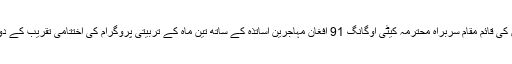
پشاور: یو این ایچ سی آر سب آفس کی قائم مقام سربراہ محترمہ کیٹی اوگانگ 91 افغان مہاجرین اساتذہ کے ساتھ تین ماہ کے تربیتی پروگرام کی اختتامی تقریب کے دوران شریک کو انعام دیتے ہوئے۔